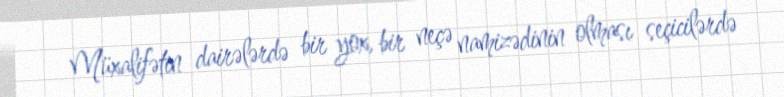
Müxalifətin dairələrdə bir yox, bir neçə namizədinin olması seçicilərdə